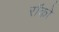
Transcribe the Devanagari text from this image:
रॉको